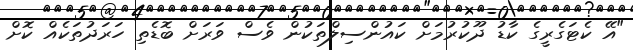
"އޭ ކެޓަގެރީގެ ކާޑު ދޫކުރުމަށް ކައުންސިލްތަކުން ވެސް ވަރަށް ބޮޑެތި ހަރަދުތަކެއް ކޮށް